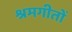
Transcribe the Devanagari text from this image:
श्रमगीतों